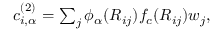
\begin{array} { r } { c _ { i , \alpha } ^ { ( 2 ) } = \sum _ { j } \phi _ { \alpha } ( R _ { i j } ) f _ { c } ( R _ { i j } ) w _ { j } , } \end{array}